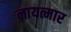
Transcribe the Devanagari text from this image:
नायत्मार